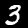
Label: 3